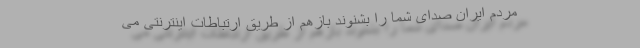
مردم ایران صدای شما را بشنوند بازهم از طریق ارتباطات اینترنتی می‌